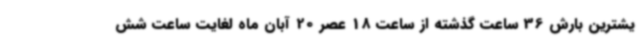
یشترین بارش 36 ساعت گذشته از ساعت 18 عصر 20 آبان ماه لغایت ساعت شش